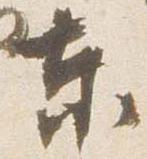
東